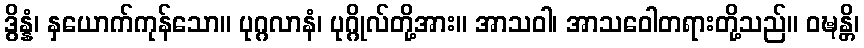
ဒွိန္နံ၊ နှယောက်ကုန်သော။ ပုဂ္ဂလာနံ၊ ပုဂ္ဂိုလ်တို့အား။ အာသဝါ၊ အာသဝေါတရားတို့သည်။ ဝဍ္ဎန္တိ၊